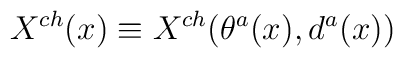
X^{ch}(x) \equiv X^{ch}(\theta^{a}(x),d^{a}(x))